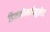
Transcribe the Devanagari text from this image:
डिसकोमबोबुलेट